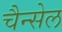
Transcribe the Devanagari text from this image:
चैन्सेल